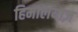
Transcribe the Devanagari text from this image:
हिमालयाज़